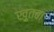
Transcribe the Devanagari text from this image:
ख़ुतबा